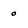
Character: 0